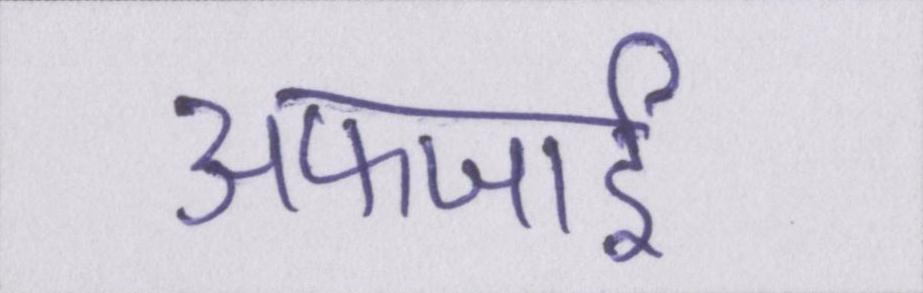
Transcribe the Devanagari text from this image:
अफजाई